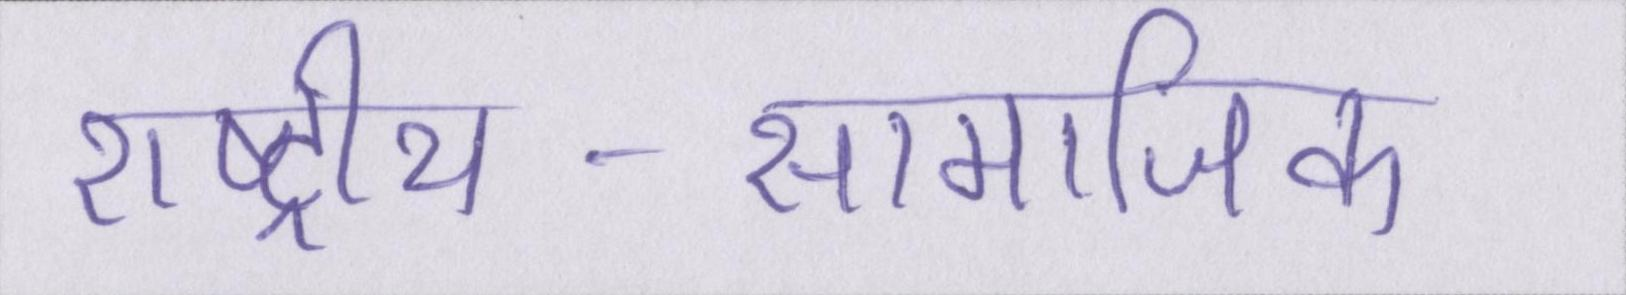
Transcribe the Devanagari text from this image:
राष्ट्रीय-सामाजिक